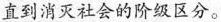
直到消灭社会的阶级区分。